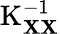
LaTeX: \operatorname{K}_{\mathbf{X}\mathbf{X}}^{-1}